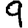
Digit: 9